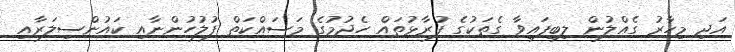
އަދި މިހާރު ގެއްލުން ލިބިފައިވާ ގެތަކުގެ ފުރާޅުތައް ހެދުމުގެ މަސައްކަތް ފުލުހުންނާއި ކައުންސިލަރާއި